Scottish Leaving Certificate Examination, 1954
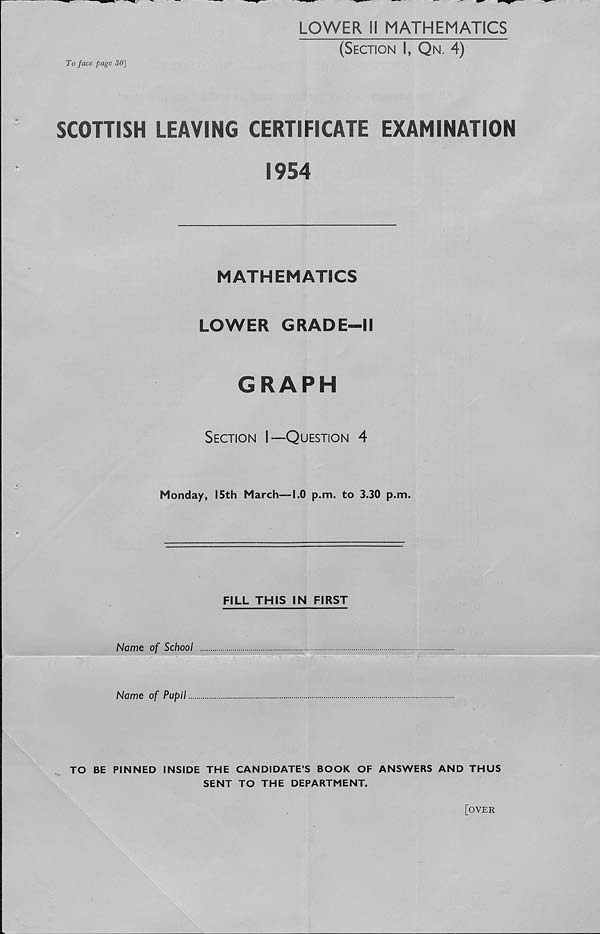
To face page 30']
LOWER II MATHEMATICS
(Section I, Qn. 4)
SCOTTISH LEAVING CERTIFICATE EXAMINATION
1954
MATHEMATICS
LOWER GRADE—II
GRAPH
Section I—Question 4
Monday, 15th March—1.0 p.m. to 3.30 p.m.
FILL THIS IN FIRST
Nome of School
Name of Pupil
TO BE PINNED INSIDE THE CANDIDATE’S BOOK OF ANSWERS AND THUS
SENT TO THE DEPARTMENT.
[OVER